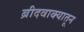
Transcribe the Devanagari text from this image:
ब्रीदवाक्यातून